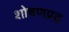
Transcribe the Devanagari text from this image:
शोषणप्रद